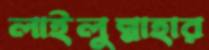
লাইলুন্নাহার